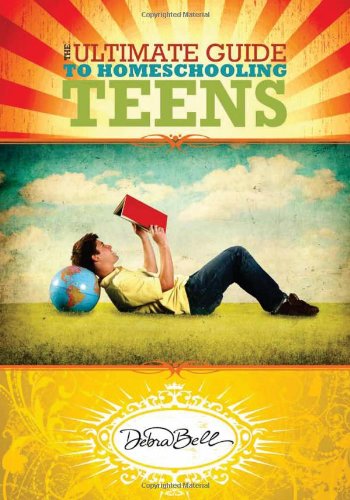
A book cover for The Ultimate Guide to Homeschooling Teens; Debra Bell; Christian Books & Bibles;